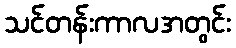
သင်တန်းကာလအတွင်း